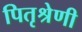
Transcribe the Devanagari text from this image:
पितृश्रेणी